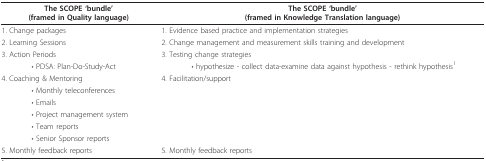
<table><thead><tr><td><b>The SCOPE &#x27;bundle&#x27;(framed in Quality language)</b></td><td><b>The SCOPE &#x27;bundle&#x27;(framed in Knowledge Translation language)</b></td></tr></thead><tbody><tr><td>1. Change packages</td><td>1. Evidence based practice and implementation strategies</td></tr><tr><td>2. Learning Sessions</td><td>2. Change management and measurement skills training and development</td></tr><tr><td>3. Action Periods</td><td>3. Testing change strategies</td></tr><tr><td>• PDSA: Plan-Do-Study-Act</td><td>• hypothesize - collect data-examine data against hypothesis - rethink hypothesis<sup>1</sup></td></tr><tr><td>4. Coaching &amp; Mentoring</td><td>4. Facilitation/support</td></tr><tr><td>• Monthly teleconferences</td><td></td></tr><tr><td>• Emails</td><td></td></tr><tr><td>• Project management system</td><td></td></tr><tr><td>• Team reports</td><td></td></tr><tr><td>• Senior Sponsor reports</td><td></td></tr><tr><td>5. Monthly feedback reports</td><td>5. Monthly feedback reports</td></tr></tbody></table>